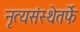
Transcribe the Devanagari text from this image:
नृत्यसंस्थेतर्फे